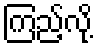
ကြည့်လို့